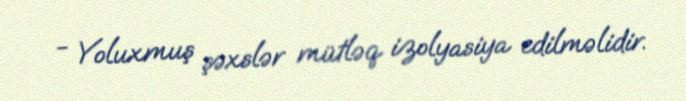
- Yoluxmuş şəxslər mütləq izolyasiya edilməlidir.